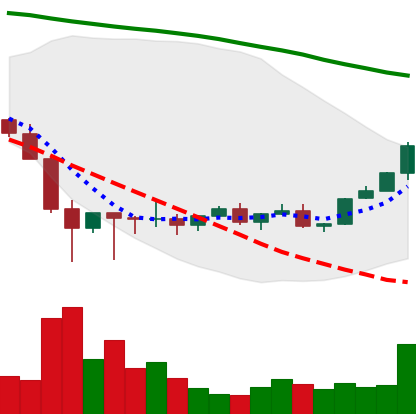
Ticker: XLM-USD
Chart end date: 2022-02-07
Forward return: -8.814%
Label: down_7plus